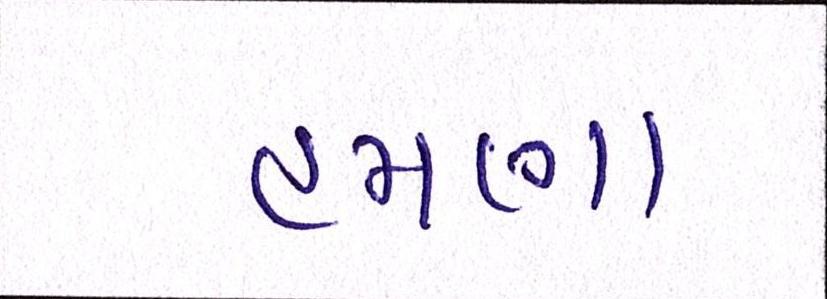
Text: હમણા